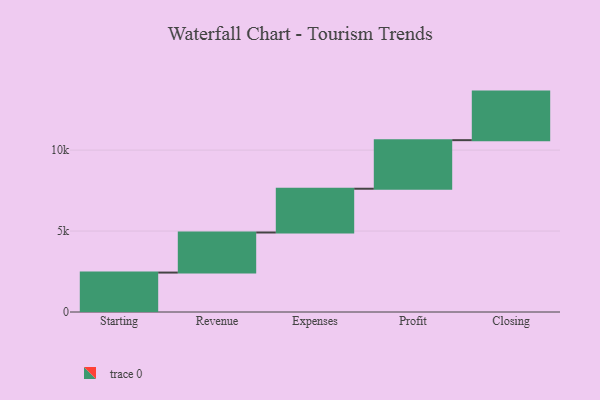
{"axis": {"x": "Step", "y": "Value"}, "legend": [""], "data": [{"x": "Starting", "y": 2436.0, "type": ""}, {"x": "Revenue", "y": 2475.0, "type": ""}, {"x": "Expenses", "y": 2704.0, "type": ""}, {"x": "Profit", "y": 3000, "type": ""}, {"x": "Closing", "y": 3000, "type": ""}]}